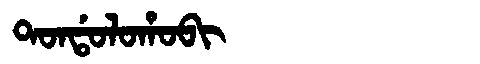
Manchu: ᡨᠣᠨᡩᠣᠯᠣᡥᠣᠪᡳ
Romanization: TONDOLOHOBI